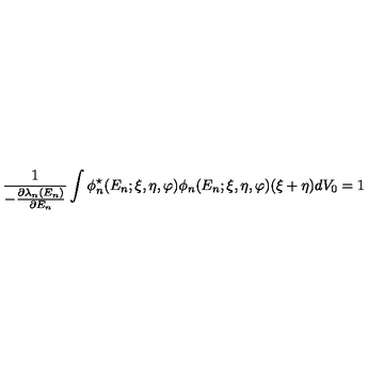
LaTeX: \frac { 1 } { - \frac { \partial \lambda _ { n } ( E _ { n } ) } { \partial E _ { n } } } \int \phi _ { n } ^ { \star } ( E _ { n } ; \xi , \eta , \varphi ) \phi _ { n } ( E _ { n } ; \xi , \eta , \varphi ) ( \xi + \eta ) d V _ { 0 } = 1